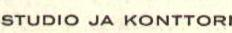
STUDIO JA KONTTORI